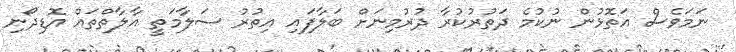
ނަމަވެސް އަތޮޅުން ނުކުމެ ދަތުރުކުރާ ދުރުމިނަށް ބަލާފައި އިތުރު ސަލާމަތީ އާލާތްތައް އޮޑިދޯނި